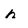
Character: n